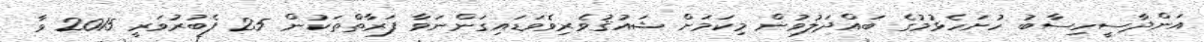
އަންދާސީހިސާބު ހުށަހެޅުމުގެ ބައްދަލުވުން މިކަމަށް ޝައުޤުވެރިވެވަޑައިގަންނަވާ ފަރާތްތަކުން 25 ފެބުރުވަރީ 2015 ވާ